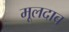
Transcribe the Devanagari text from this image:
मूलदाब